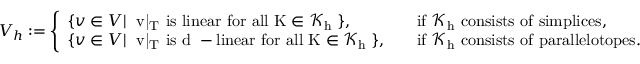
V _ { h } : = \left\{ \begin{array} { l l } { \{ v \in V | \; \mathrm { ~ v | _ T ~ i s ~ l i n e a r ~ f o r ~ a l l ~ K \in \mathcal { K } _ h ~ } \} , } & { \quad \mathrm { i f ~ \mathcal { K } _ h ~ c o n s i s t s ~ o f ~ s i m p l i c e s } , } \\ { \{ v \in V | \; \mathrm { ~ v | _ T ~ i s ~ d ~ - l i n e a r ~ f o r ~ a l l ~ K \in \mathcal { K } _ h ~ } \} , } & { \quad \mathrm { i f ~ \mathcal { K } _ h ~ c o n s i s t s ~ o f ~ p a r a l l e l o t o p e s } . } \end{array} \right.